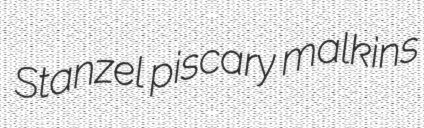
Stanzel piscary malkins